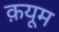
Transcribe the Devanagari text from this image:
क़यूम